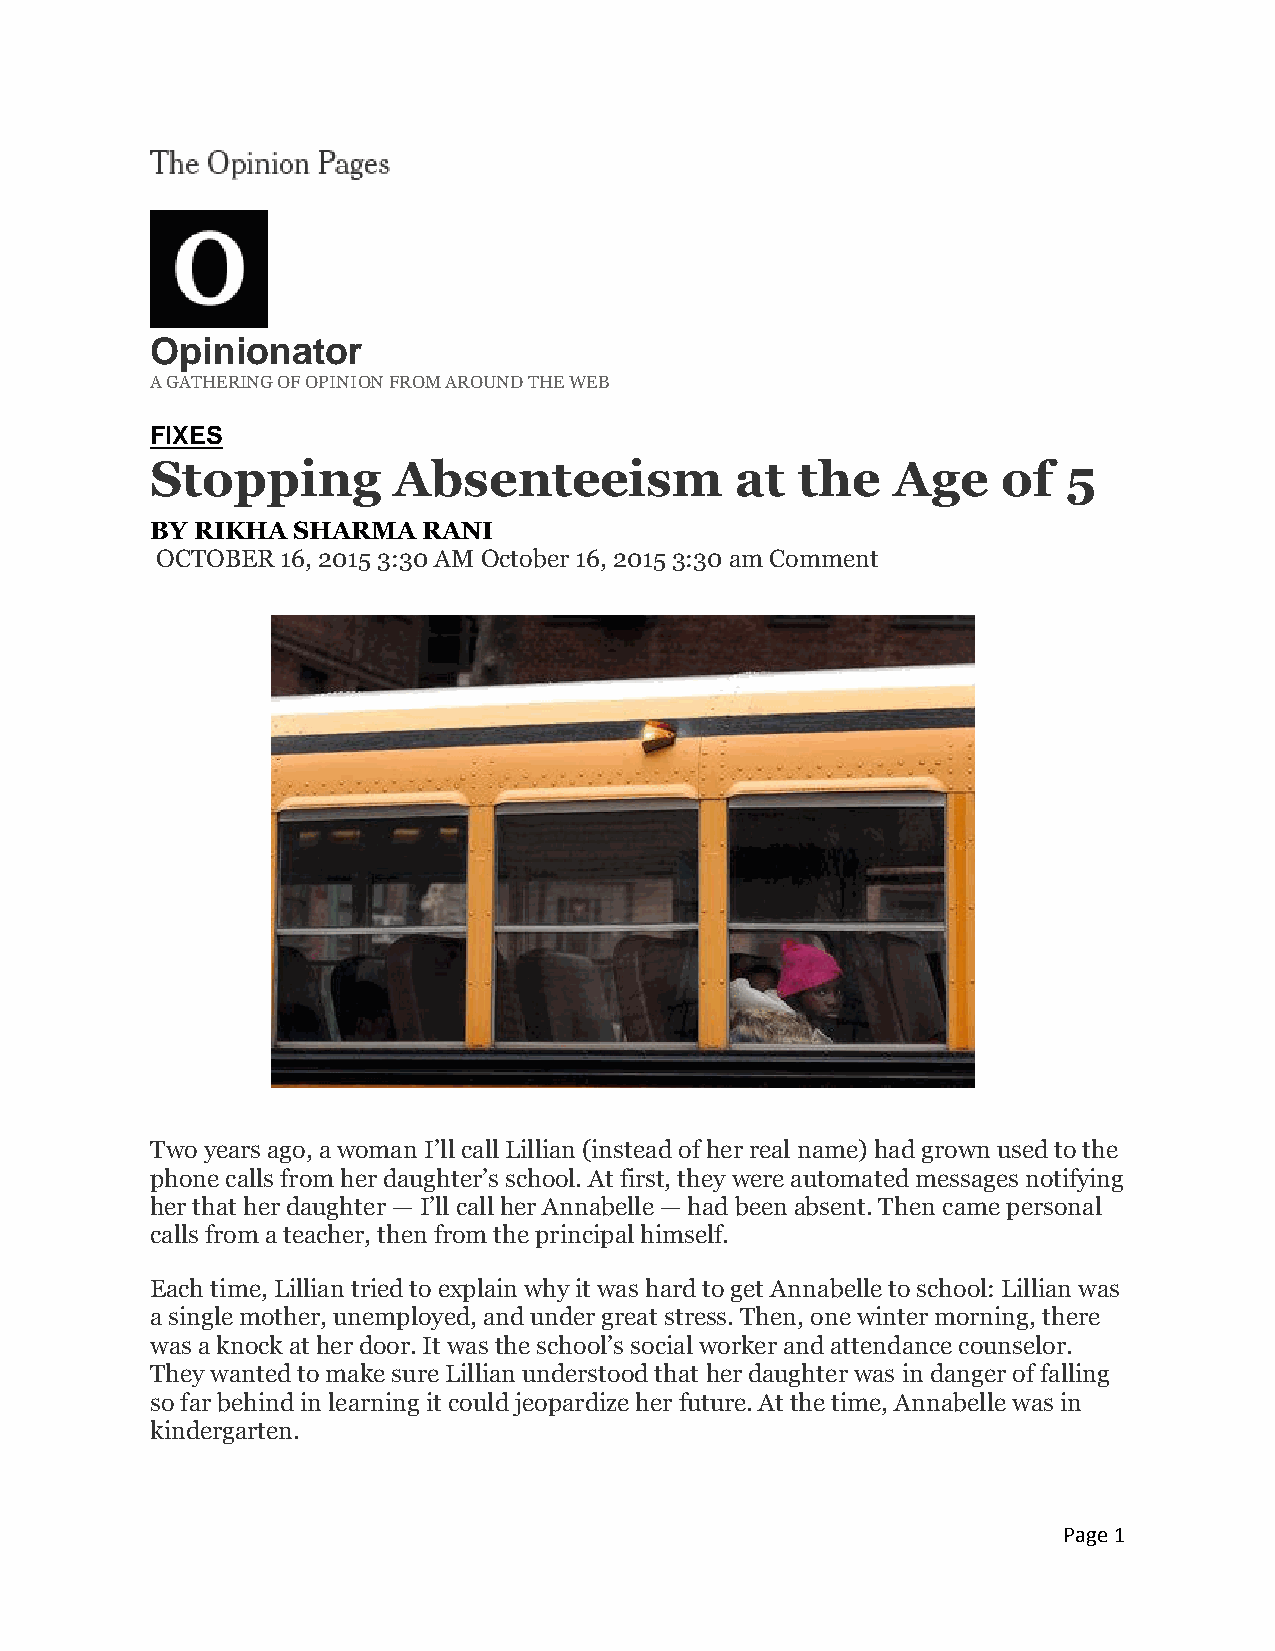
Opinionator
 A GATHERING OF OPINION FROM AROUND THE WEB
 FIXES
 Stopping        Absenteeism            at  the   Age    of   5
 BY RIKHA SHARMA   RANI
 OCTOBER  16, 2015 3:30 AM October 16, 2015 3:30 am Comment
 Two years ago, a woman I’ll call Lillian (instead of her real name) had grown used to the
 phone calls from her daughter’s school. At first, they were automated messages notifying
 her that her daughter — I’ll call her Annabelle — had been absent. Then came personal
 calls from a teacher, then from the principal himself.
 Each time, Lillian tried to explain why it was hard to get Annabelle to school: Lillian was
 a single mother, unemployed, and under great stress. Then, one winter morning, there
 was a knock at her door. It was the school’s social worker and attendance counselor.
 They wanted to make sure Lillian understood that her daughter was in danger of falling
 so far behind in learning it could jeopardize her future. At the time, Annabelle was in
 kindergarten.
 Page 1